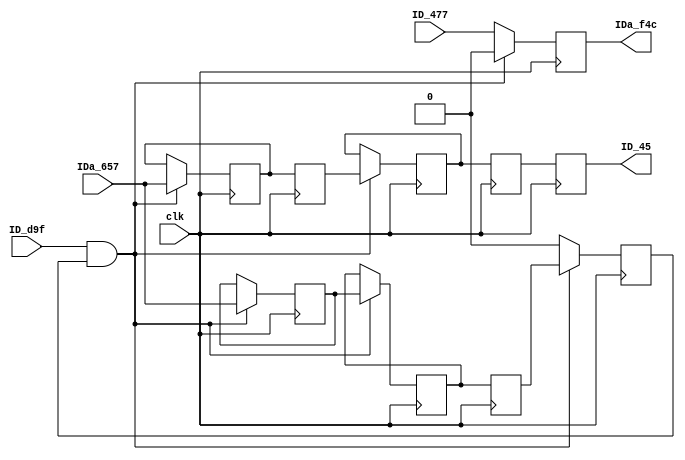
module t_46 (
   ID_45, IDa_f4c,
   clk, ID_d9f, IDa_657, ID_477
   );
   input clk;
   output reg ID_45;
   input      ID_d9f;
   input      IDa_657;
   output reg IDa_f4c;
   reg        ID_13;
   input      ID_477;
   reg        ID_489;
   reg        ID_8d1;
   reg        IDa_183;
   reg        IDa_91c;
   reg        IDa_a96;
   reg        IDa_d6b;
   reg        IDa_eb9;
   wire ID_fc8 = ID_d9f & ID_13;  
   wire ID_254 = ID_d9f & ID_13;
   wire ID_f40 = ID_fc8 ? ID_8d1 : 0;
   wire ID_f4c = ID_fc8 ? 0 : ID_477;
   wire ID_442 = IDa_91c;
   wire ID_825 = ID_489;
   always @(posedge clk) begin
      ID_13 <= ID_f40;
      ID_8d1 <= IDa_eb9;
      ID_489 <= ID_442;
      ID_45 <= ID_825;
      IDa_d6b <= IDa_a96;
      IDa_f4c <= ID_f4c;
      if (ID_254) begin
         IDa_91c <= IDa_d6b;
         IDa_183 <= IDa_657;
         IDa_a96 <= IDa_657;
         IDa_eb9 <= IDa_183;
      end
   end
endmodule